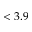
< 3 . 9